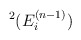
\begin{align*}^{2}(E_{i}^{(n-1)})\end{align*}